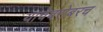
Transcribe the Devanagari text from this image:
याचेबरोबरच